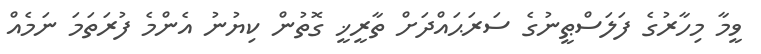
ވީމާ މިހާރުގެ ފަލަސްޠީނުގެ ސަރަޙައްދަށް ތާރީޚީ ގޮތުން ކިޔުނު އެންމެ ފުރަތަމަ ނަމެއް